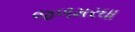
જળમરઘા